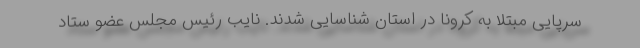
سرپایی مبتلا به کرونا در استان شناسایی شدند. نایب ‌رئیس مجلس عضو ستاد